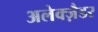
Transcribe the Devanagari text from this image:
अलेक्ज़ैडर